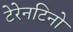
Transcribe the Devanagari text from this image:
टेरेनटिनो